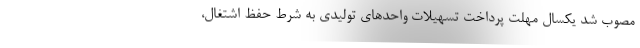
مصوب شد یکسال مهلت پرداخت تسهیلات واحدهای تولیدی به شرط حفظ اشتغال،